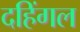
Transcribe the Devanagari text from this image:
दहिंगल